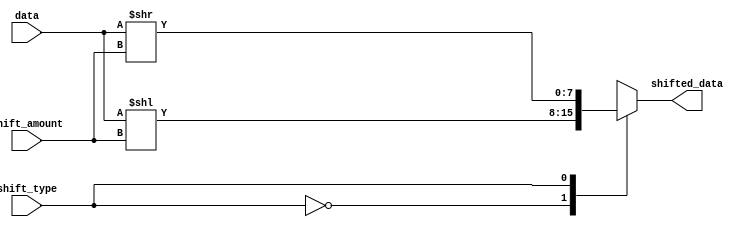
module barrel_shifter (
    input [7:0] data,
    input [2:0] shift_amount,
    input shift_type,
    output reg [7:0] shifted_data
);

always @(*) begin
    case(shift_type)
        0: shifted_data = data << shift_amount;
        1: shifted_data = data >> shift_amount;
    endcase
end

endmodule